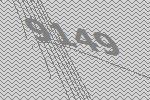
9149